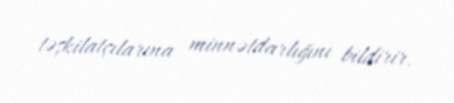
təşkilatçılarına minnətdarlığını bildirir.